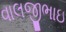
વાલજીભાઇ